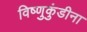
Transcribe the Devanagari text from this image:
विष्णुकुंडीना